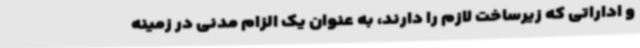
و اداراتی که زیرساخت لازم را دارند، به عنوان یک الزام مدنی در زمینه